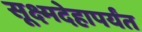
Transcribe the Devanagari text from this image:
सूक्ष्मदेहापर्यंत